Document type: Emphyteutic lease
Year: 1316
Scribe: Guillem de Vila
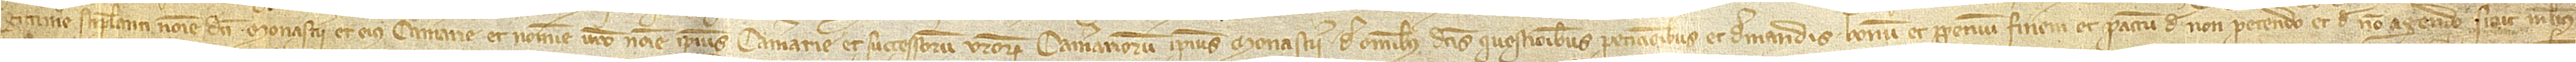
gittime stipulanti nomine dicti monasterii et eius camerarie et nomine vestro nomine ipsius camerarie et successorum vestrorum cameriariorum ipsius monasterii de omnibus dictis questionibus, peticionibus et demandis bonum et perpetuum finem et pactum de non petendo et de non agendo, sicut melius